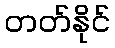
တတ်နိုင်